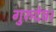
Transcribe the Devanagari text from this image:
गुरुदेव।